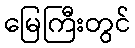
မြေကြီးတွင်